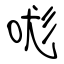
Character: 哤